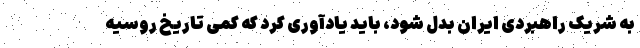
به شریک راهبردی ایران بدل شود، باید یادآوری کرد که کمی تاریخ روسیه